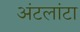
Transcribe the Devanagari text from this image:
अंटलांटा